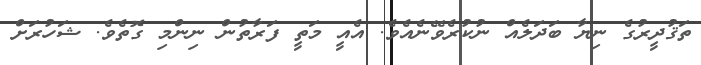
ތަޤުދީރުގެ ނިޔާ ބަދަލެއް ނުކުރެވޭނެއެވެ. އެއީ މަތީ ފަރާތުން ނިންމި ގޮތެވެ. ޝަހުރަށް